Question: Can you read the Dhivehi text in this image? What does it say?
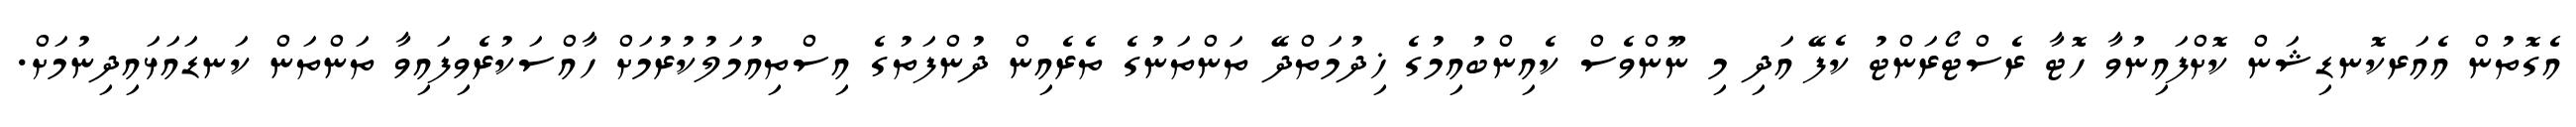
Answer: އެގޮތުން އެއަރކޮނޑިޝަން ކޮށްފައިނުވާ ހޮޓާ ރެސްޓޯރަންޓު ކެފޭ އަދި މި ނޫންވެސް ކެއިންބުއިމުގެ ޚިދުމަތްދޭ ތަންތަނުގެ ތެރެއިން ދުންފަތުގެ އިސްތިއުމަލުކުރުމަށް ހާއްސަކުރެވިފައިވާ ތަންތަން ކަނޑައަޅައިދިނުމަށް.